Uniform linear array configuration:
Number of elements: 16
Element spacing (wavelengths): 1
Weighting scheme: cosine
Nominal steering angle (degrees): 60
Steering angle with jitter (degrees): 61.781
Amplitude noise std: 0.05
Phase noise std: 0.05

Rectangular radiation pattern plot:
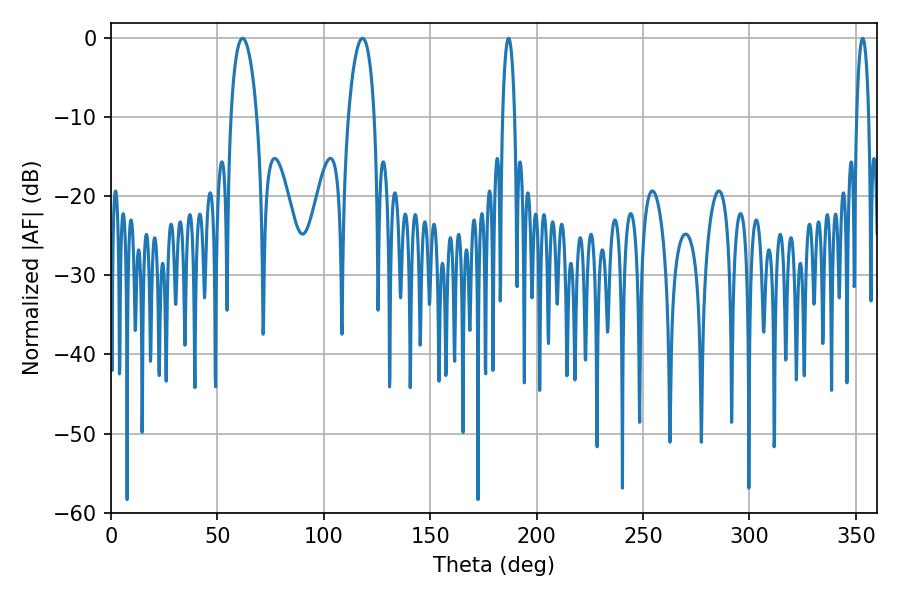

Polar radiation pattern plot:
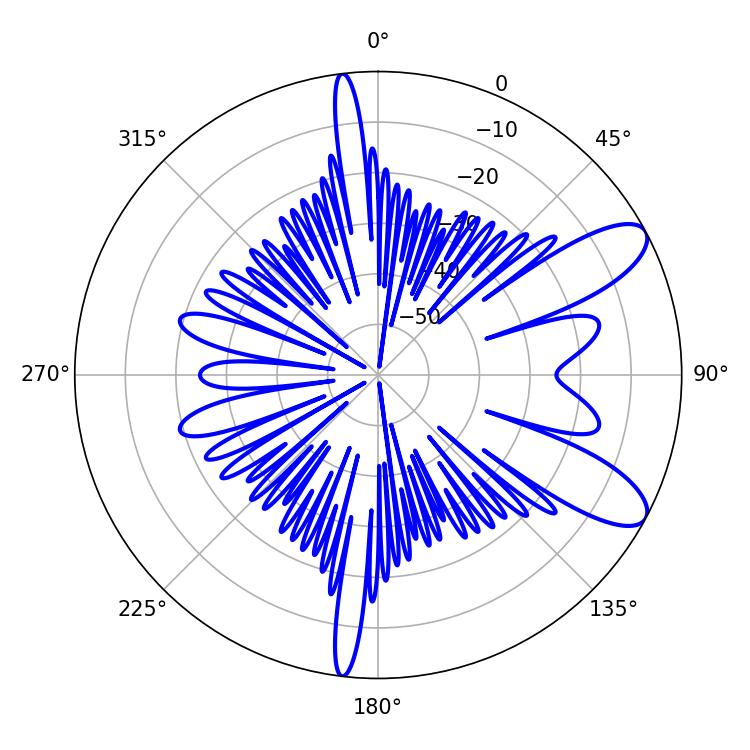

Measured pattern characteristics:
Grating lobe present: TRUE
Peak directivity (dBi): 9.618
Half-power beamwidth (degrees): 3.24
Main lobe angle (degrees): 353.16